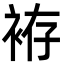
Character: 袸